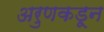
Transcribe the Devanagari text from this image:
अरुणकडून